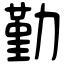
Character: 勤